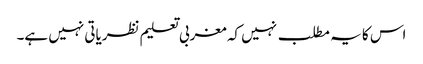
اس کا یہ مطلب نہیں کہ مغربی تعلیم نظریاتی نہیں ہے۔